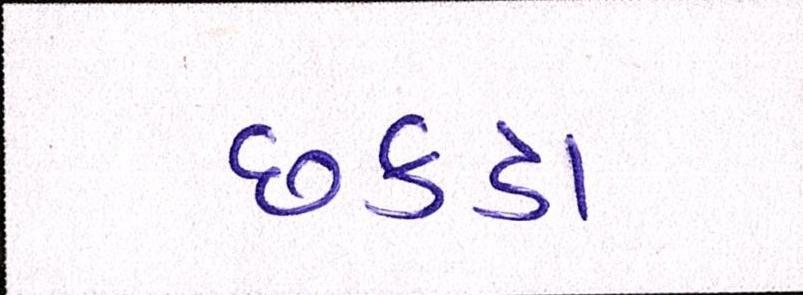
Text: છકડા